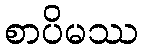
စာပိမဿ